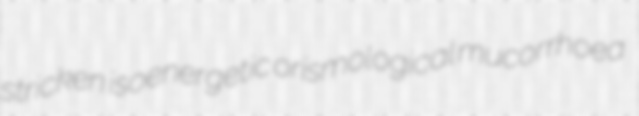
stricken isoenergetic orismological mucorrhoea